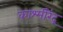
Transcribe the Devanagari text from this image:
काश्मीरेंद्र